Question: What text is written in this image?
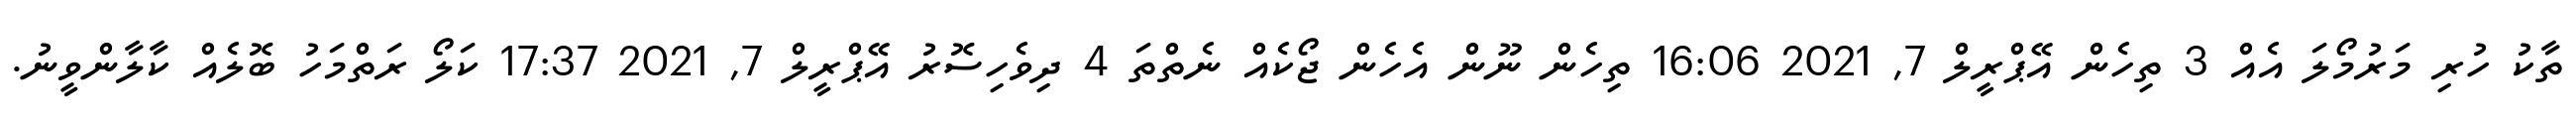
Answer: ތާކު ހުރި މަރުމޯލަ އެއް 3 ތިހެން އޭޕްރީލް 7, 2021 16:06 ތިހެން ނޫން އެހެން ޖޯކެއް ނެތްތަ 4 ދިވެހިސޮރު އޭޕްރީލް 7, 2021 17:37 ކަލޯ ރަތްމަހު ބޮލެއް ކާލާންވީނު.